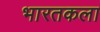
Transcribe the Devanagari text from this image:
भारतकला